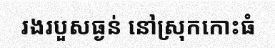
រងរបួសធ្ងន់ នៅស្រុកកោះធំ